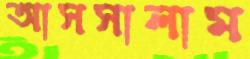
আসসালাম